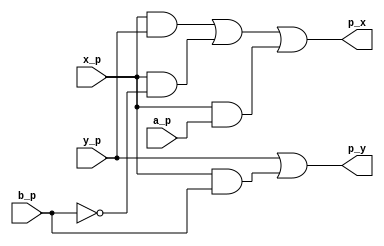
module Celda_tipica_i_d (

    input wire a_p,
    input wire b_p,
    input wire x_p,
    input wire y_p,
    output wire p_x,
    output wire p_y
);

    assign p_x = x_p && y_p || x_p && ~b_p || x_p && a_p;
    assign p_y = y_p || x_p && b_p;

endmodule